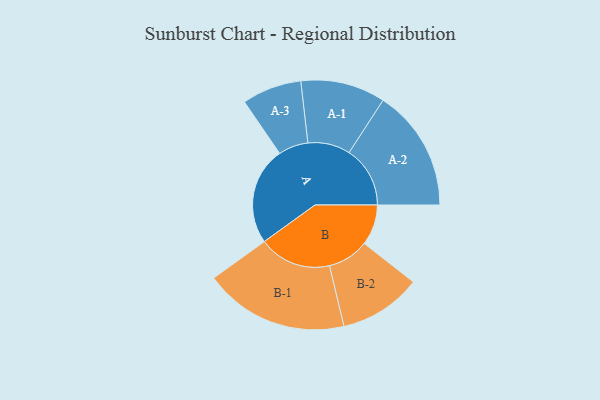
{"axis": {"x": "Segment", "y": "Value"}, "legend": ["", "A", "B"], "data": [{"x": "A", "y": 351, "type": ""}, {"x": "B", "y": 146, "type": ""}, {"x": "A-1", "y": 152, "type": "A"}, {"x": "A-2", "y": 219, "type": "A"}, {"x": "A-3", "y": 107, "type": "A"}, {"x": "B-1", "y": 260, "type": "B"}, {"x": "B-2", "y": 148, "type": "B"}]}